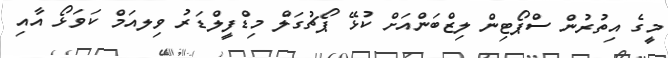
މީގެ އިތުރުން ސްޕޯޓިން ލިޒްބަންއަށް ކުޅޭ ޕޯޗުގަލް މިޑްފީލްޑަރު ވިލއަމް ކަވަޅޯ އާއި